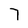
Character: 7